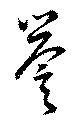
譽